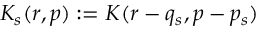
K _ { s } ( r , p ) : = K ( r - q _ { s } , p - p _ { s } )